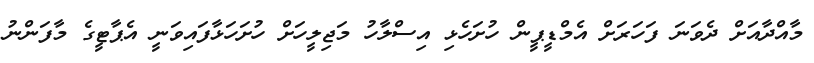
މާއްދާއަށް ދެވަނަ ފަހަރަށް އެމްޑީޕީން ހުށަހެޅި އިސްލާހު މަޖިލީހަށް ހުށަހަޅާފައިވަނީ އެޕާޓީގެ މާފަންނު